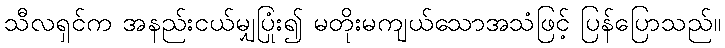
သီလရှင်က အနည်းငယ်မျှပြုံး၍ မတိုးမကျယ်သောအသံဖြင့် ပြန်ပြောသည်။